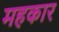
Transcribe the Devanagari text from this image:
महकार